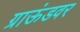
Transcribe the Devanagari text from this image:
ग्राऊंडवर